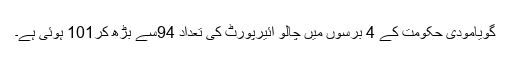
گویامودی حکومت کے 4 برسوں میں چالو ائیرپورٹ کی تعداد 94سے بڑھ کر101 ہوئی ہے۔